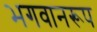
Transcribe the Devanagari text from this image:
भगवानरूप